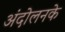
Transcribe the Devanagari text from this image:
अंदोलनके